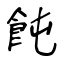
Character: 飩